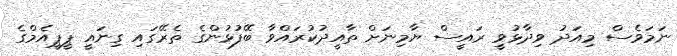
ނަމަވެސް މިއަދު ވިދާޅުވީ ރައީސް ޔާމިނަށް ތާއީދުކުރައްވާ ބޭފުޅުންގެ ތެރޭގައި ގިނައީ ޕީޕީއެމްގެ